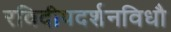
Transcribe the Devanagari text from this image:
रविदीपदर्शनविधौ